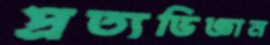
প্রত্যভিজ্ঞান